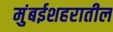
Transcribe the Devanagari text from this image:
मुंबईशहरातील